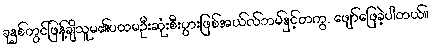
ခုနှစ်တွင်ဖြန့်ချိသူမ၏ပထမဦးဆုံးစီးပွားဖြစ်အယ်လ်ဘမ်နှင့်တကွ, ဖျော်ဖြေခဲ့ပါတယ်။